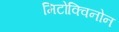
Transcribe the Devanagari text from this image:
मिटोक्विनोन